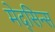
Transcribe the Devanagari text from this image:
मेद्सिन्स